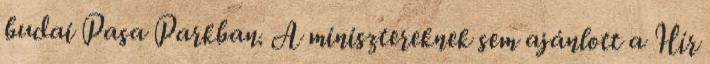
budai Pasa Parkban. A minisztereknek sem ajánlott a Hír